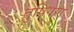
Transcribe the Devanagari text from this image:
तुषिगण